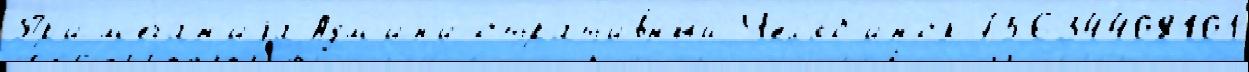
Пр'им'еча́н'иjа Адм'ин'истрат'и́вный Чел'я́б'инск 75634408101